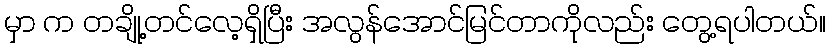
မှာ က တချို့တင်လေ့ရှိပြီး အလွန်အောင်မြင်တာကိုလည်း တွေ့ရပါတယ်။